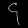
Digit: ၄